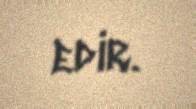
edir.